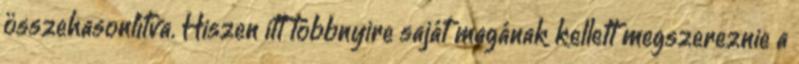
összehasonlítva. Hiszen itt többnyire saját magának kellett megszereznie a